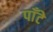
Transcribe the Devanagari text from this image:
पाँटे